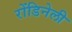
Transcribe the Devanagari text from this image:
रोंडिनेली